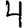
Digit: 4